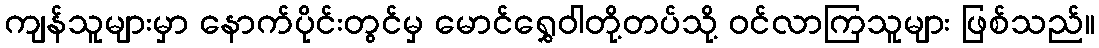
ကျန်သူများမှာ နောက်ပိုင်းတွင်မှ မောင်ရွှေဝါတို့တပ်သို့ ဝင်လာကြသူများ ဖြစ်သည်။